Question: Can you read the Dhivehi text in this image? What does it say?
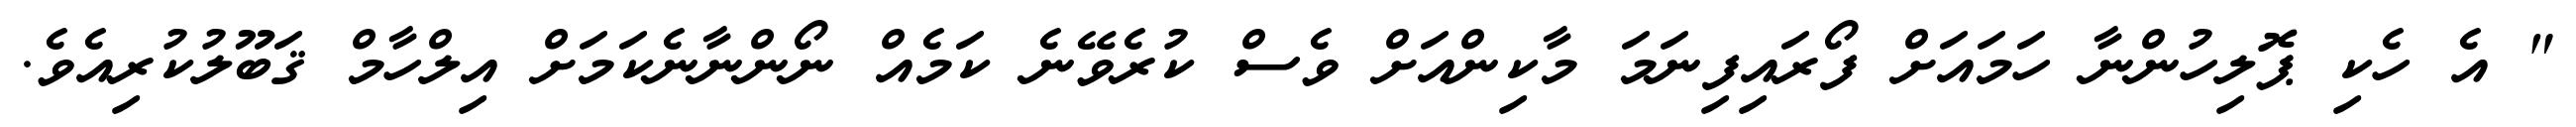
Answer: " އެ ހެކި ޕޮލިހުންނާ ހަމައަށް ފޯރައިފިނަމަ މާކިންއަށް ވެސް ކުރެވޭނެ ކަމެއް ނޯންނާނެކަމަށް އިލްހާމް ޤަބޫލުކުރިއެވެ.